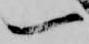
一